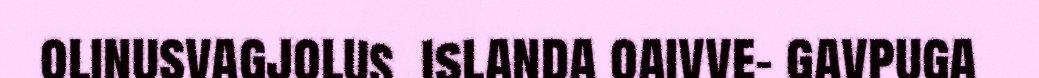
olinusvagjolus. Islanda oaivve- gavpuga